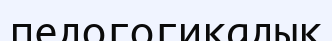
педогогикадық